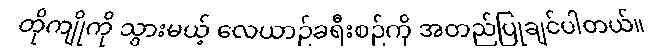
တိုကျိုကို သွားမယ့် လေယာဉ်ခရီးစဉ်ကို အတည်ပြုချင်ပါတယ်။